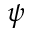
\psi